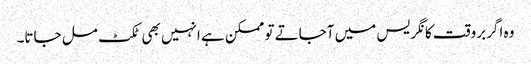
وہ اگر بروقت کانگریس میں آجاتے تو ممکن ہے انہیں بھی ٹکٹ مل جاتا۔